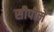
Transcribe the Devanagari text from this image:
सीपीमें